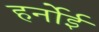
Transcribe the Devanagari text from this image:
हर्नोई